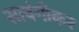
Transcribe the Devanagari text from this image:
सावंगीकर